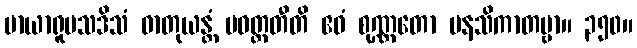
မာယာရူပသဒိသံ ဓာတုယန္တံ ပဝတ္တတီတိ ဧဝံ စုဏ္ဏတော မနသိကာတဗ္ဗာ။ ၃၅၀။